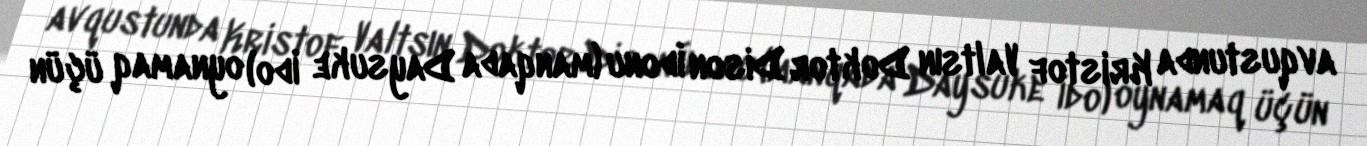
avqustunda Kristof Valtsın Doktor Dison İdonu (manqada Daysuke İdo) oynamaq üçün